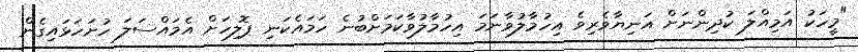
"މީހަކު އަމިއްލަ ކުދިންނަށް އަނިޔާވެރިވެ އިހުމާލުވާނަމަ އިހުމާލުވާކަމަށްބުނެ ހަމައެކަނި ޕޮލިހަށް އެމައްސަލަ ހުށަހަޅައިގެން